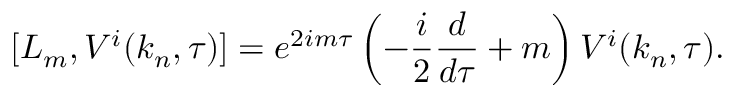
[ L _ { m } , V ^ { i } ( k _ { n } , \tau ) ] = e ^ { 2 i m \tau } \left( - \frac { i } { 2 } \frac { d } { d \tau } + m \right) V ^ { i } ( k _ { n } , \tau ) .